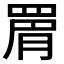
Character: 𮊉